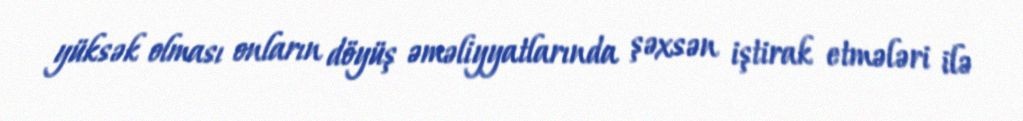
yüksək olması onların döyüş əməliyyatlarında şəxsən iştirak etmələri ilə